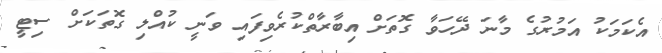
އެކަމަކު އަމުރުގެ މާނަ ދޭހަވާ ގޮތަށް އިބާރާތްކުރެވިފައި ވަނީ ކުއްލި ގޮތަކަށް ސިޓީ